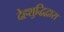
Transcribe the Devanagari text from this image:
देहशुद्धिद्वारा